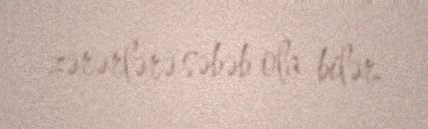
zərərlərə səbəb ola bilər.